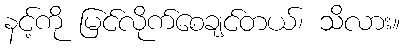
နင့်ကို မြင်လိုက်စေချင်တယ်၊ သိလား။